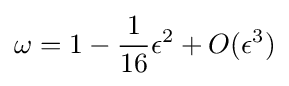
\omega =1-{\frac {1}{16}}\epsilon ^{2}+O(\epsilon ^{3})